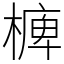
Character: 㯅